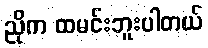
ညိုက ထမင်းဘူးပါတယ်